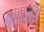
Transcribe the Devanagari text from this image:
मदनाने